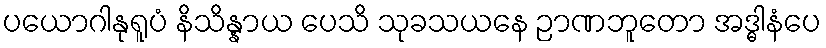
ပယောဂါနုရူပံ နိသိန္နာယ ပေသိ သုခသယနေ ဉာဏဘူတော အဒ္ဓါနံပေ